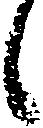
候